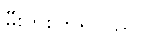
မီးကူးကြရသည်။